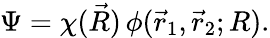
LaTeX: \Psi=\chi(\vec{R})\, \phi(\vec{r}_{1},\vec{r}_{2};R).